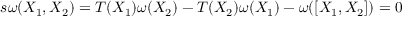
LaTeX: s \omega ( X _ { 1 } , X _ { 2 } ) = T ( X _ { 1 } ) \omega ( X _ { 2 } ) - T ( X _ { 2 } ) \omega ( X _ { 1 } ) - \omega ( [ X _ { 1 } , X _ { 2 } ] ) = 0